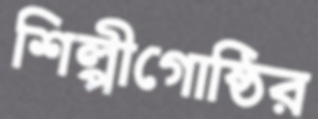
শিল্পীগোষ্ঠির